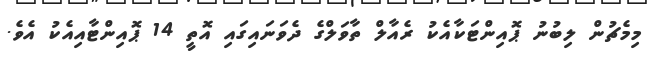
މިމެޗުން ލިބުނު ޕޮއިންޓަކާއެކު ރެއާލް ތާވަލްގެ ދެވަނައިގައި އޮތީ 14 ޕޮއިންޓާއިއެކު އެވެ.